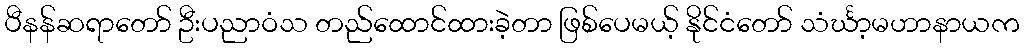
ပီနန်ဆရာတော် ဦးပညာဝံသ တည်ထောင်ထားခဲ့တာ ဖြစ်ပေမယ့် နိုင်ငံတော် သံင်္ဃာ့မဟာနာယက